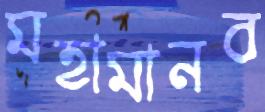
মহামানব